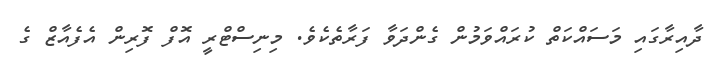
ދާއިރާގައި މަސައްކަތް ކުރައްވަމުން ގެންދަވާ ފަރާތެކެވެ. މިނިސްޓްރީ އޮފް ފޮރިން އެފެއާޒް ގެ